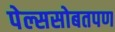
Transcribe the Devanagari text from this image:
पेल्ससोबतपण